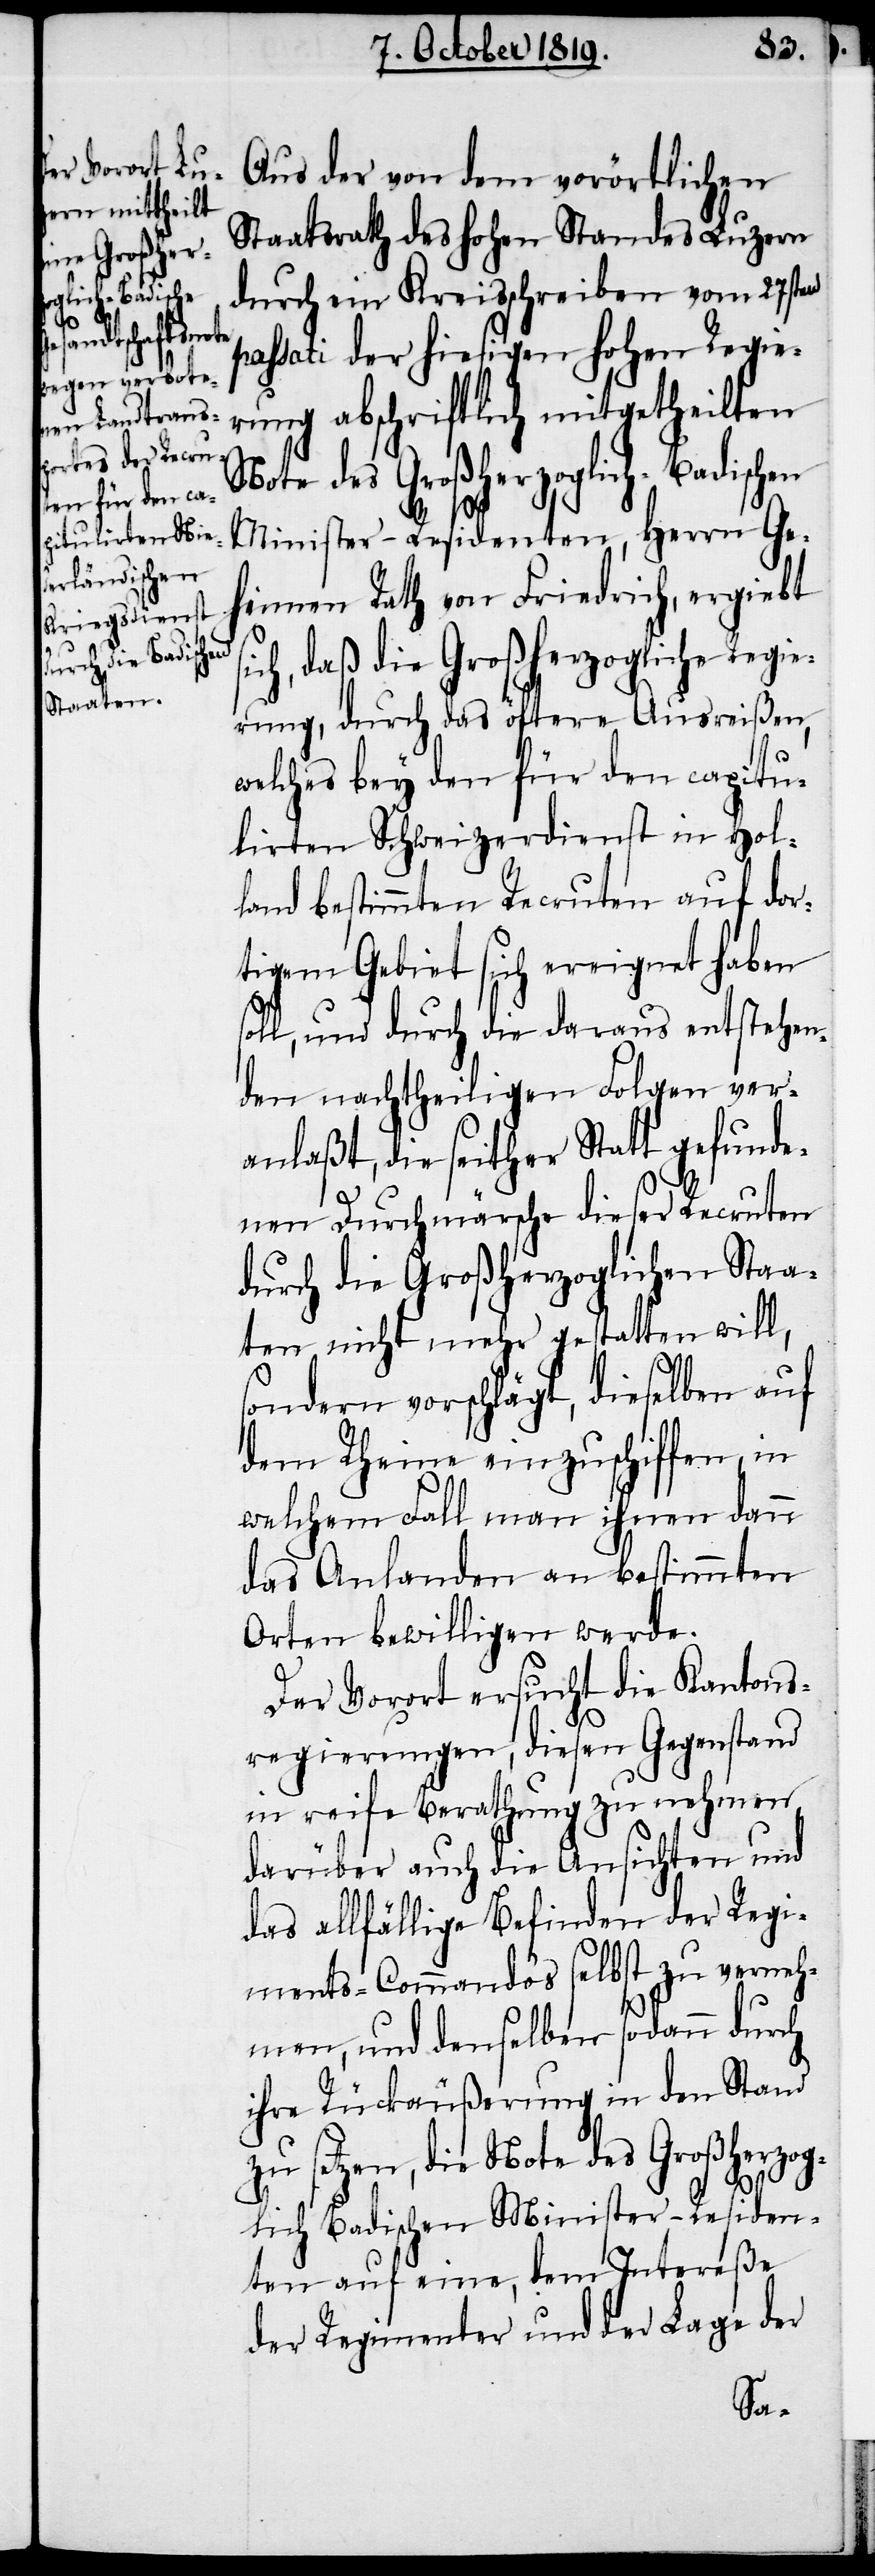
s¬

Aus der von dem vorörtlichen
Staatsrath des hohen Standes Luzern
durch ein Kreisschreiben vom 27sten
passati der hiesigen hohen Regie¬
rung abschriftlich mitgetheilten
Note des Großherzoglich-Badischen
Minister-Residenten, Herrn Ge¬
heimen Rath von Friedrich, ergiebt
ich, daß die Großherzogliche Regie¬
rung, durch das öftere Ausreißen,
welches bey den für den capitu¬
lirten Schweizerdienst in Hol¬
land bestimmten Recruten auf dor¬
tigem Gebiet sich ereignet haben
soll, und durch die daraus entstehen¬
den nachtheiligen Folgen ver¬
anlaßt, die seither Statt gefunde¬
nen Durchmärsche dieser Recruten
durch die Großherzoglichen Staa¬
ten nicht mehr gestatten will,
sondern vorschlägt, dieselben auf
dem Rheine einzuschiffen, in
welchem Fall man ihnen dann
das Anlanden an bestimmten
Orten bewilligen werde.
Der Vorort ersucht die Kantons¬
regierungen, diesen Gegenstand
in reife Berathung zu nehmen
darüber auch die Ansichten und
das allfällige Befinden der Regi¬
ments-Commandos selbst zu verneh¬
men, und denselben sodann durch
ihre Rückäußerung in den Stand
zu setzen, die Note des Großherzog¬
lich Badischen Minister-Residen¬
ten auf eine, dem Intereße
der Regimenter und der Lage der